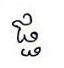
ផ្ផ